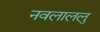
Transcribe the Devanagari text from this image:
नवलाललु